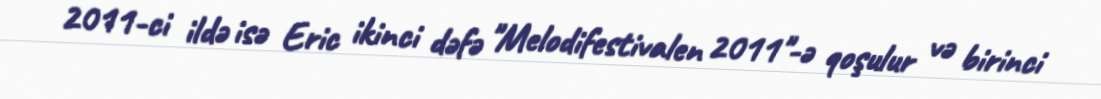
2011-ci ildə isə Eric ikinci dəfə "Melodifestivalen 2011"-ə qoşulur və birinci